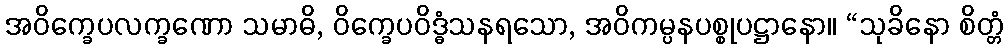
အဝိက္ခေပလက္ခဏော သမာဓိ, ဝိက္ခေပဝိဒ္ဓံသနရသော, အဝိကမ္ပနပစ္စုပဋ္ဌာနော။ “သုခိနော စိတ္တံ